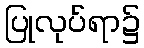
ပြုလုပ်ရာ၌